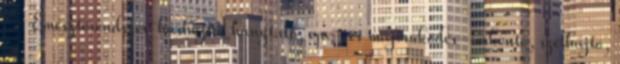
. - Emésztőrendszer: hashajtó, hánytató, epe- és májműködés-serkentő, szélhajtó,